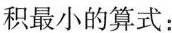
积最小的算式：